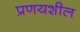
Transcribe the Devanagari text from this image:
प्रणयशील